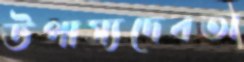
উপাস্যদেবতা